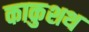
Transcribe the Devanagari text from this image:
काकुशथ